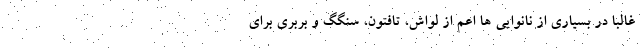
غالبا در بسیاری از نانوایی ها اعم از لواش، تافتون، سنگگ و بربری برای